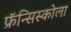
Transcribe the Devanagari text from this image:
फ्रॅन्सिस्कोला